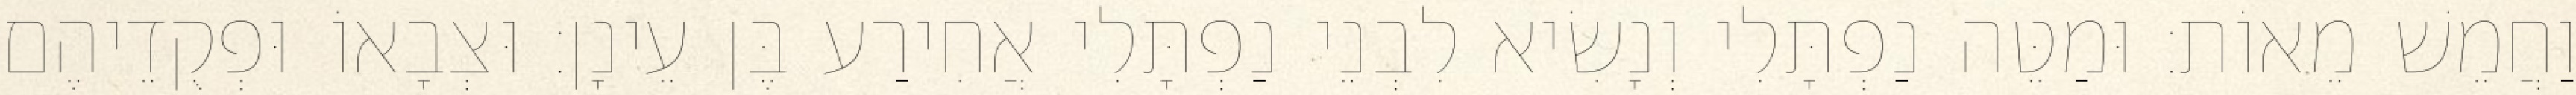
וַחֲמֵשׁ מֵאוֹת׃ וּמַטֵּה נַפְתָּלִי וְנָשִׂיא לִבְנֵי נַפְתָּלִי אֲחִירַע בֶּן עֵינָן׃ וּצְבָאוֹ וּפְקֻדֵיהֶם